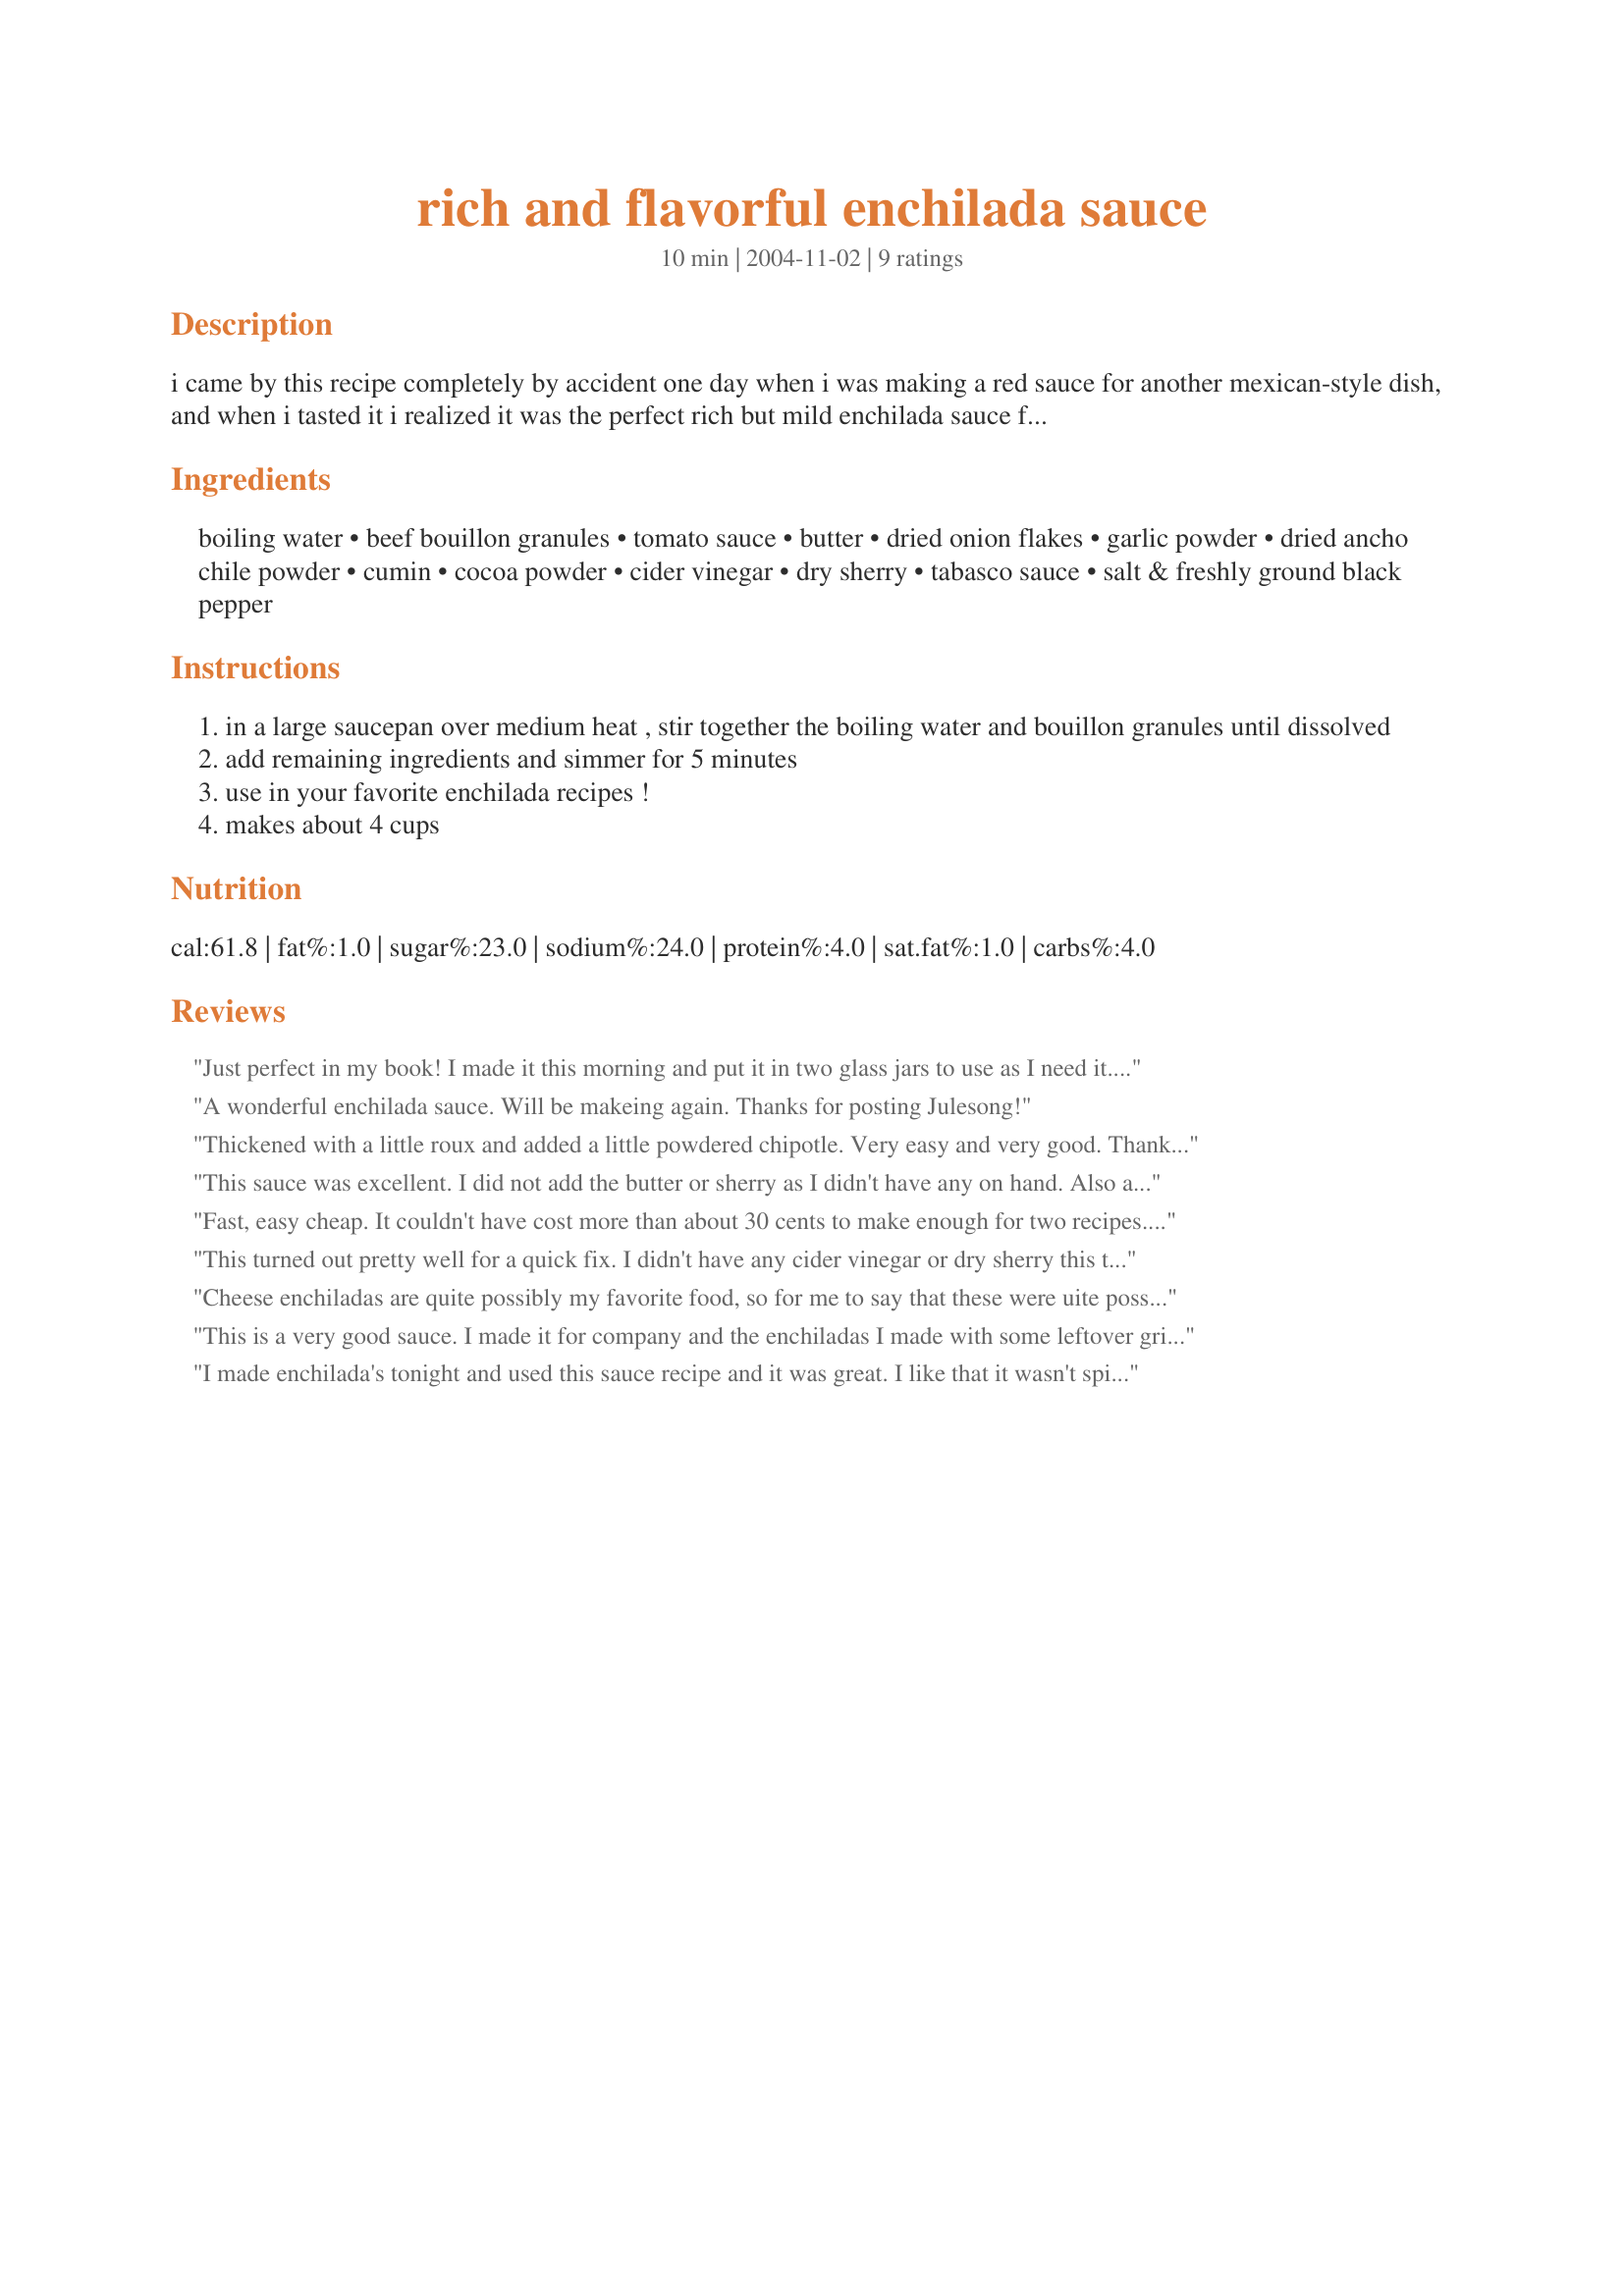
rich and flavorful enchilada sauce
Preparation time: 10 minutes

i came by this recipe completely by accident one day when i was making a red sauce for another mexican-style dish, and when i tasted it i realized it was the perfect rich but mild enchilada sauce for me! rich and flavorful, this one is a winner. it's fast and easy to make, and tastes much better than the canned variety. if you like your enchilada sauce spicier, add some minced jalapenos or some hot chili powder. i plan to do some canning this fall, and batches of this sauce in jars is on the list.

Ingredients:
boiling water, beef bouillon granules, tomato sauce, butter, dried onion flakes, garlic powder, dried ancho chile powder, cumin, cocoa powder, cider vinegar, dry sherry, tabasco sauce, salt & freshly ground black pepper

Steps:
in a large saucepan over medium heat , stir together the boiling water and bouillon granules until dissolved
add remaining ingredients and simmer for 5 minutes
use in your favorite enchilada recipes !
makes about 4 cups

Reviews:
Just perfect in my book! I made it this morning and put it in two glass jars to use as I need it. There is plenty for two enchilada recipes. I love the combination of flavors and spices. I let it simmer for about 20 minutes to let it reduce in volume some. Thanks, Carole in Orlando
A wonderful enchilada sauce. Will be makeing again.
Thanks for posting Julesong!
Thickened with a little roux and added a little powdered chipotle. Very easy and very good. Thanks for the recipe!
This sauce was excellent. I did not add the butter or sherry as I didn't have any on hand. Also added a chilpotle pepper and a sprinkle of sugar. Poured the left over sauce into a freezer bag and froze flat so I can break off what is needed. Thanks for the recipe!
Fast, easy cheap. It couldn't have cost more than about 30 cents to make enough for two recipes. I had the time so I simmered it longer, also added a bit of chili powder. Great money saving recipe that makes the kitchen smell great!
This turned out pretty well for a quick fix. I didn't have any cider vinegar or dry sherry this time but I think I'll get some for next time.
Cheese enchiladas are quite possibly my favorite food, so for me to say that these were uite possibly the best I have tasted is high praise. The only changes I made were that I started off with a roux because I like a thicker sauce, I left out the sherry because it was the last ingredient left to add and the sauce was already pretty perfect, and I added 1/4 tsp of cayenne instead of hot sauce. I was going to try to just stick to one, but they were so delicious, I had to hold myself back from eating a third.
This is a very good sauce. I made it for company and the enchiladas I made with some leftover grilled pork were the first thing gone. It was just the right amount for 2 large pans of enchiladas.
I made enchilada's tonight and used this sauce recipe and it was great. I like that it wasn't spicy. I was sceptical, after it simmered it smelled spicy but tasted great. I followed the recipe exactly. What a great idea to can it. I may do that for future use. Thanks for a great recipe, I will no longer be buying canned enchilada sauce.
